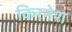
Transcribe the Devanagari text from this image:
किरनेश